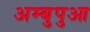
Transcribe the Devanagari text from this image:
अम्बुपुआ